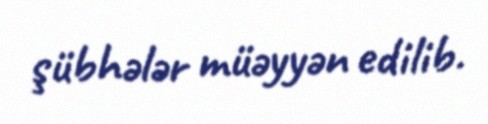
şübhələr müəyyən edilib.